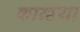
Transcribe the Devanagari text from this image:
कान्हया